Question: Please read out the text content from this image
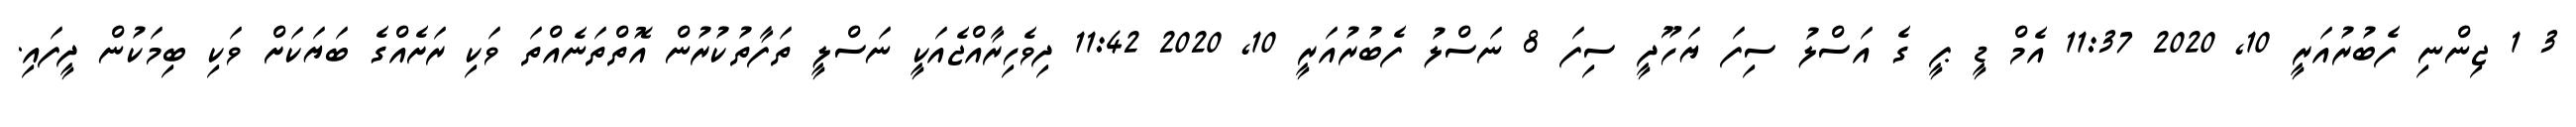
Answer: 3 1 ޖިންނި ފެބުރުއަރީ 10, 2020 11:37 އެމް ޑީ ޕީ ގެ އަސްލު ސިފަ ޔަހޫދީ ސިފަ 8 ނަސްލު ފެބުރުއަރީ 10, 2020 11:42 ދިވެހިރާއްޖެއަކީ ނަސްލީ ތަފާތުކުރުން އޮތްތަނެއްތަ ވަކި ރަށެއްގެ ބަޔަކަށް ވަކި ބިމަކުން ދީފައި.